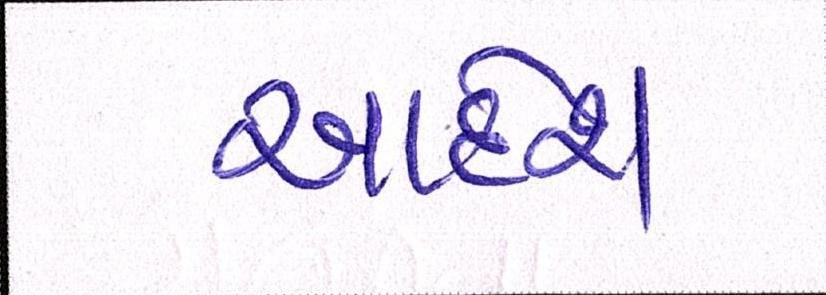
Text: આદેશ